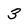
Character: 3